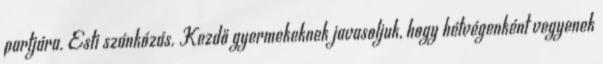
partjára. Esti szánkózás. Kezdő gyermekeknek javasoljuk, hogy hétvégenként vegyenek